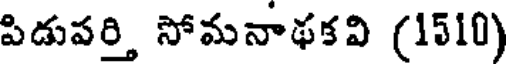
పిడుపర్తి సోమనాథకవి (1510)